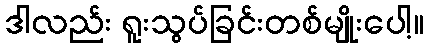
ဒါလည်း ရူးသွပ်ခြင်းတစ်မျိုးပေါ့။